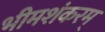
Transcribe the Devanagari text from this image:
भीमशंकरम्